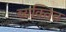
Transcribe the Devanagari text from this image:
व्यक्तित